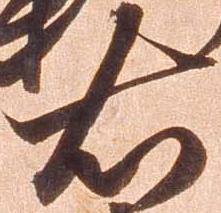
右